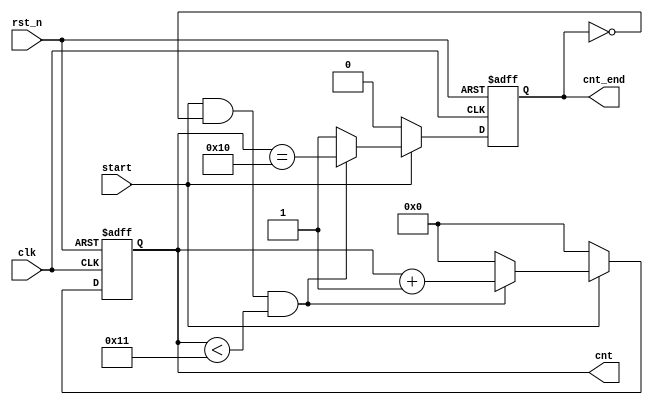
`timescale 1ns / 1ps
//////////////////////////////////////////////////////////////////////////////////
// Company: 
// Engineer: 
// 
// Design Name: 
// Module Name: counter
// Project Name: 
// Target Devices: 
// Tool Versions: 
// Description: 
// 
// Dependencies: 
// 
// Revision:
// Revision 0.01 - File Created
// Additional Comments:
// 
//////////////////////////////////////////////////////////////////////////////////


module counter(
    input            clk,
    input            rst_n,
    input            start,
    output reg [4:0] cnt,
    output reg       cnt_end
    );

wire cnt_start; //
always @(posedge clk or negedge rst_n) begin
    if (rst_n == 1'b0) begin
        cnt <= 'd0;
        cnt_end <= 1'b0;
    end
    else begin
        if (start == 1'b1) begin
            if(cnt_start == 1'b1 && cnt < 'd17) begin
                cnt <= cnt + 1'b1;
                cnt_end = (cnt == 'd16);
            end
            else begin
                cnt_end <= 1'b1;
                cnt <= 'd0;
            end
        end
        else begin
            cnt_end <= 1'b0;
            cnt <= 'd0;
        end
    end
end

assign cnt_start = start & ~cnt_end;

endmodule